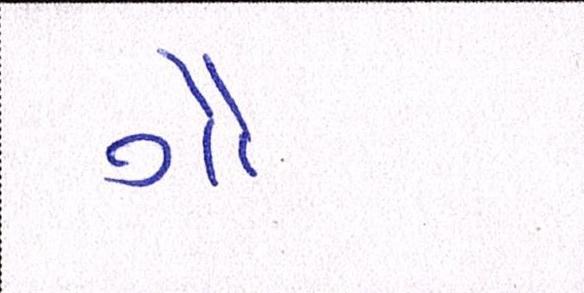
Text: ગૌ